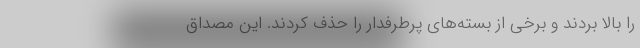
را بالا بردند و برخی از بسته‌های پرطرفدار را حذف کردند. این مصداق